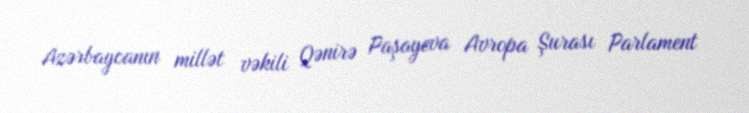
Azərbaycanın millət vəkili Qənirə Paşayeva Avropa Şurası Parlament